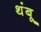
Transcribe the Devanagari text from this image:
थंबू